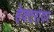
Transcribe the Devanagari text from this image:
हेक्टरांवर